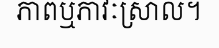
ភាពឬភាវៈស្រាល។